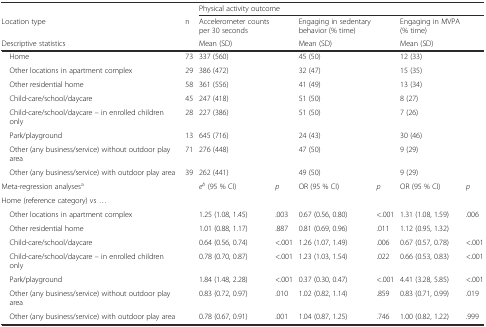
<table><thead><tr><td></td><td></td><td colspan="6"><b>Physical activity outcome</b></td></tr><tr><td><b>Location type</b></td><td><b>n</b></td><td><b>Accelerometer counts per 30 seconds</b></td><td></td><td><b>Engaging in sedentary behavior (% time)</b></td><td></td><td><b>Engaging in MVPA (% time)</b></td><td></td></tr><tr><td><b>Descriptive statistics</b></td><td></td><td colspan="2"><b>Mean (SD)</b></td><td colspan="2"><b>Mean (SD)</b></td><td colspan="2"><b>Mean (SD)</b></td></tr></thead><tbody><tr><td> Home</td><td>73</td><td colspan="2">337 (560)</td><td colspan="2">45 (50)</td><td colspan="2">12 (33)</td></tr><tr><td> Other locations in apartment complex</td><td>29</td><td colspan="2">386 (472)</td><td colspan="2">32 (47)</td><td colspan="2">15 (35)</td></tr><tr><td> Other residential home</td><td>58</td><td colspan="2">361 (556)</td><td colspan="2">41 (49)</td><td colspan="2">13 (34)</td></tr><tr><td> Child-care/school/daycare</td><td>45</td><td colspan="2">247 (418)</td><td colspan="2">51 (50)</td><td colspan="2">8 (27)</td></tr><tr><td> Child-care/school/daycare – in enrolled children only</td><td>28</td><td colspan="2">227 (386)</td><td colspan="2">51 (50)</td><td colspan="2">7 (26)</td></tr><tr><td> Park/playground</td><td>13</td><td colspan="2">645 (716)</td><td colspan="2">24 (43)</td><td colspan="2">30 (46)</td></tr><tr><td> Other (any business/service) without outdoor play area</td><td>71</td><td colspan="2">276 (448)</td><td colspan="2">47 (50)</td><td colspan="2">9 (29)</td></tr><tr><td> Other (any business/service) with outdoor play area</td><td>39</td><td colspan="2">262 (441)</td><td colspan="2">49 (50)</td><td colspan="2">9 (29)</td></tr><tr><td>Meta-regression analyses<sup>a</sup></td><td></td><td><i>e</i><sup><i>b</i></sup> (95 % CI)</td><td><i>p</i></td><td>OR (95 % CI)</td><td><i>p</i></td><td>OR (95 % CI)</td><td><i>p</i></td></tr><tr><td>Home (reference category) vs ...</td><td></td><td></td><td></td><td></td><td></td><td></td><td></td></tr><tr><td> Other locations in apartment complex</td><td></td><td>1.25 (1.08, 1.45)</td><td>.003</td><td>0.67 (0.56, 0.80)</td><td>&lt;.001</td><td>1.31 (1.08, 1.59)</td><td>.006</td></tr><tr><td> Other residential home</td><td></td><td>1.01 (0.88, 1.17)</td><td>.887</td><td>0.81 (0.69, 0.96)</td><td>.011</td><td>1.12 (0.95, 1.32)</td><td></td></tr><tr><td> Child-care/school/daycare</td><td></td><td>0.64 (0.56, 0.74)</td><td>&lt;.001</td><td>1.26 (1.07, 1.49)</td><td>.006</td><td>0.67 (0.57, 0.78)</td><td>&lt;.001</td></tr><tr><td> Child-care/school/daycare – in enrolled children only</td><td></td><td>0.78 (0.70, 0.87)</td><td>&lt;.001</td><td>1.23 (1.03, 1.54)</td><td>.022</td><td>0.66 (0.53, 0.83)</td><td>&lt;.001</td></tr><tr><td> Park/playground</td><td></td><td>1.84 (1.48, 2.28)</td><td>&lt;.001</td><td>0.37 (0.30, 0.47)</td><td>&lt;.001</td><td>4.41 (3.28, 5.85)</td><td>&lt;.001</td></tr><tr><td> Other (any business/service) without outdoor play area</td><td></td><td>0.83 (0.72, 0.97)</td><td>.010</td><td>1.02 (0.82, 1.14)</td><td>.859</td><td>0.83 (0.71, 0.99)</td><td>.019</td></tr><tr><td> Other (any business/service) with outdoor play area</td><td></td><td>0.78 (0.67, 0.91)</td><td>.001</td><td>1.04 (0.87, 1.25)</td><td>.746</td><td>1.00 (0.82, 1.22)</td><td>.999</td></tr></tbody></table>